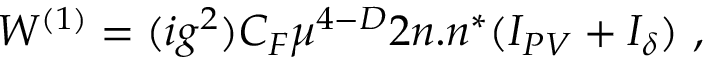
W ^ { ( 1 ) } = ( i g ^ { 2 } ) C _ { F } \mu ^ { 4 - D } 2 n . n ^ { * } ( I _ { P V } + I _ { \delta } ) \, \, ,